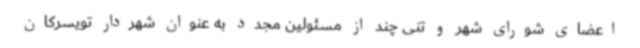
اعضای شورای شهر و تنی چند از مسئولین مجدد به عنوان شهردار تویسرکان